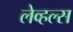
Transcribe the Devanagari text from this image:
लेव्हल्स